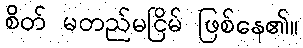
စိတ် မတည်မငြိမ် ဖြစ်နေ၏။